On a parasite found in persons suffering from enlargement of the spleen in India - Number 15
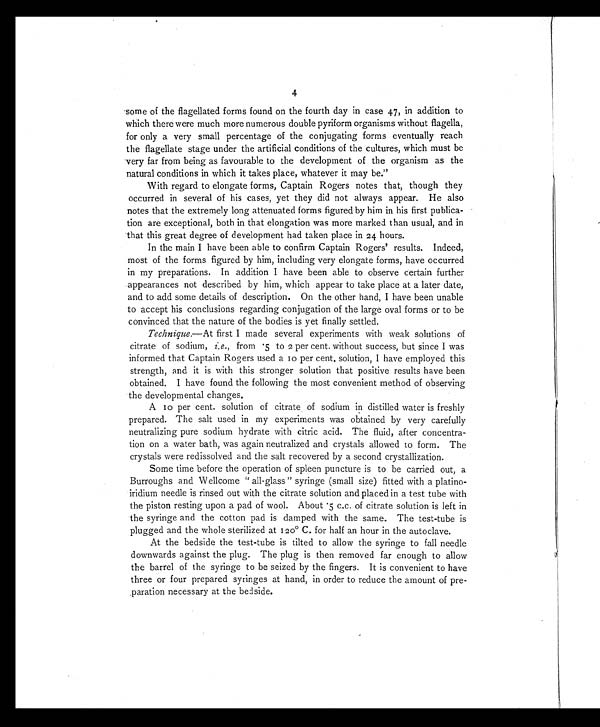
4
some of the flagellated forms found on the fourth day in case 47, in addition to
which there were much more numerous double pyriform organisms without flagella,
for only a very small percentage of the conjugating forms eventually reach
the flagellate stage under the artificial conditions of the cultures, which must be
very far from being as favourable to the development of the organism as the
natural conditions in which it takes place, whatever it may be."
With regard to elongate forms, Captain Rogers notes that, though they
occurred in several of his cases, yet they did not always appear. He also
notes that the extremely long attenuated forms figured by him in his first publica-
tion are exceptional, both in that elongation was more marked than usual, and in
that this great degree of development had taken place in 24 hours.
In the main I have been able to confirm Captain Rogers' results. Indeed,
most of the forms figured by him, including very elongate forms, have occurred
in my preparations. In addition I have been able to observe certain further
appearances not described by him, which appear to take place at a later date,
and to add some details of description. On the other hand, I have been unable
to accept his conclusions regarding conjugation of the large oval forms or to be
convinced that the nature of the bodies is yet finally settled.
Technique .—At first I made several experiments with weak solutions of
citrate of sodium, i.e., from .5 to 2 per cent. without success, but since I was
informed that Captain Rogers used a 10 per cent. solution, I have employed this
strength, and it is with this stronger solution that positive results have been
obtained. I have found the following the most convenient method of observing
the developmental changes.
A 10 per cent. solution of citrate of sodium in distilled water is freshly
prepared. The salt used in my experiments was obtained by very carefully
neutralizing pure sodium hydrate with citric acid. The fluid, after concentra-
tion on a water bath, was again neutralized and crystals allowed to form. The
crystals were redissolved and the salt recovered by a second crystallization.
Some time before the operation of spleen puncture is to be carried out, a
Burroughs and Wellcome "all-glass" syringe (small size) fitted with a platino-
iridium needle is rinsed out with the citrate solution and placed in a test tube with
the piston resting upon a pad of wool. About .5 c.c. of citrate solution is left in
the syringe and the cotton pad is damped with the same. The test-tube is
plugged and the whole sterilized at 120° C. for half an hour in the autoclave.
At the bedside the test-tube is tilted to allow the syringe to fall needle
downwards against the plug. The plug is then removed far enough to allow
the barrel of the syringe to be seized by the fingers. It is convenient to have
three or four prepared syringes at hand, in order to reduce the amount of pre-
paration necessary at the bedside.